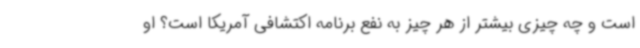
است و چه چیزی بیشتر از هر چیز به نفع برنامه اکتشافی آمریکا است؟ او